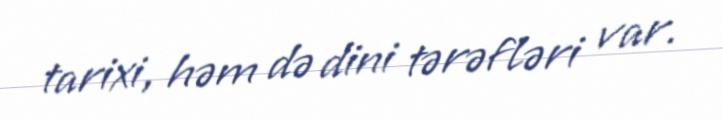
tarixi, həm də dini tərəfləri var.